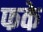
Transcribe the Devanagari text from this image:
फके